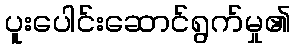
ပူးပေါင်းဆောင်ရွက်မှု၏